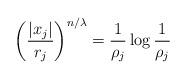
LaTeX: \begin{align*} \left(\frac{|x_j|}{r_j}\right)^{n/\lambda} = \frac1{\rho_j} \log \frac1{\rho_j}\end{align*}